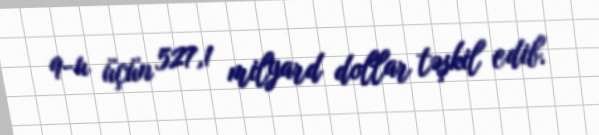
9-u üçün 527,1 milyard dollar təşkil edib.